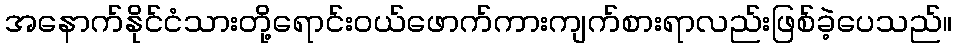
အနောက်နိုင်ငံသားတို့ရောင်းဝယ်ဖောက်ကားကျက်စားရာလည်းဖြစ်ခဲ့ပေသည်။